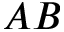
A B